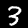
Label: 3